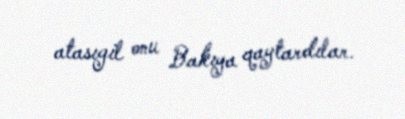
atasıgil onu Bakıya qaytardılar.